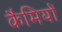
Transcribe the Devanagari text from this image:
कैमियों